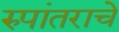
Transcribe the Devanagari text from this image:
रुपांतराचे